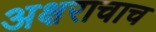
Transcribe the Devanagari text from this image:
अक्षराचाच